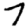
Digit: 7